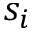
s _ { i }